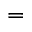
=